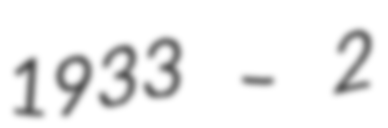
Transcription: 1933 – 2